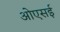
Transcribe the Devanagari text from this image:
ओएसई